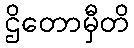
ဌိတောမှီတိ